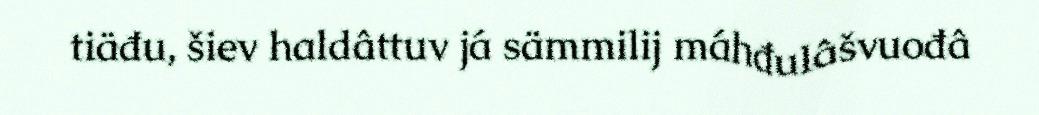
tiäđu, šiev haldâttuv já sämmilij máhđulâšvuođâ